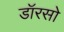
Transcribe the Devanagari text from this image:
डॉरसो